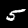
Label: 5